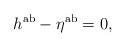
LaTeX: \begin{align*}h^{{\rm ab}}-\eta ^{{\rm ab}}=0, \end{align*}